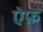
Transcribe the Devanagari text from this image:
ऐफ़